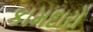
કામદારો